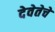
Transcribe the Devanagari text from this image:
देवेतेचे